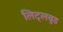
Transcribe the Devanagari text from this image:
लिट्लवुड